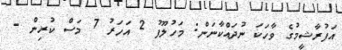
އަފުރާޝީމުގެ ވާހަކަ ނުދައްކާނަން: މަހުލޫފު 2 އަހަރު 7 މަސް ކުރިން -